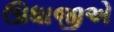
ઊધાજીએ